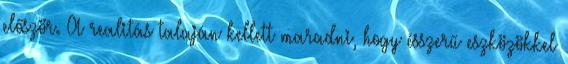
először. A realitás talaján kellett maradni, hogy ésszerű eszközökkel